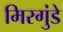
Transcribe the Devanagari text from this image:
मिरगुंडे